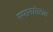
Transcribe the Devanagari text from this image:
स्थानांतरास